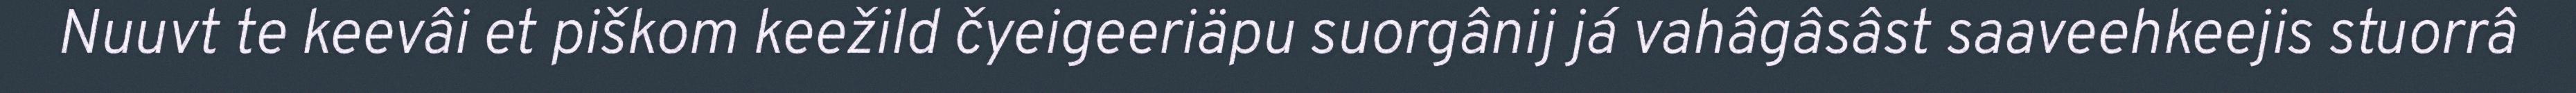
Nuuvt te keevâi et piškom keežild čyeigeeriäpu suorgânij já vahâgâsâst saaveehkeejis stuorrâ